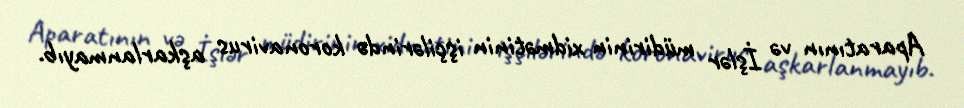
Aparatının və İşlər müdirinin xidmətinin işçilərində koronavirus aşkarlanmayıb.